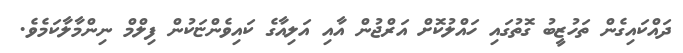
ދައްކައިގެން ތަހުޒީބު ގޮތުގައި ހައްލުކޮށް އަރްޖުން އާއި އަލިއާގެ ކައިވެންޏަކުން ފިލްމް ނިންމާލާކަމެވެ.